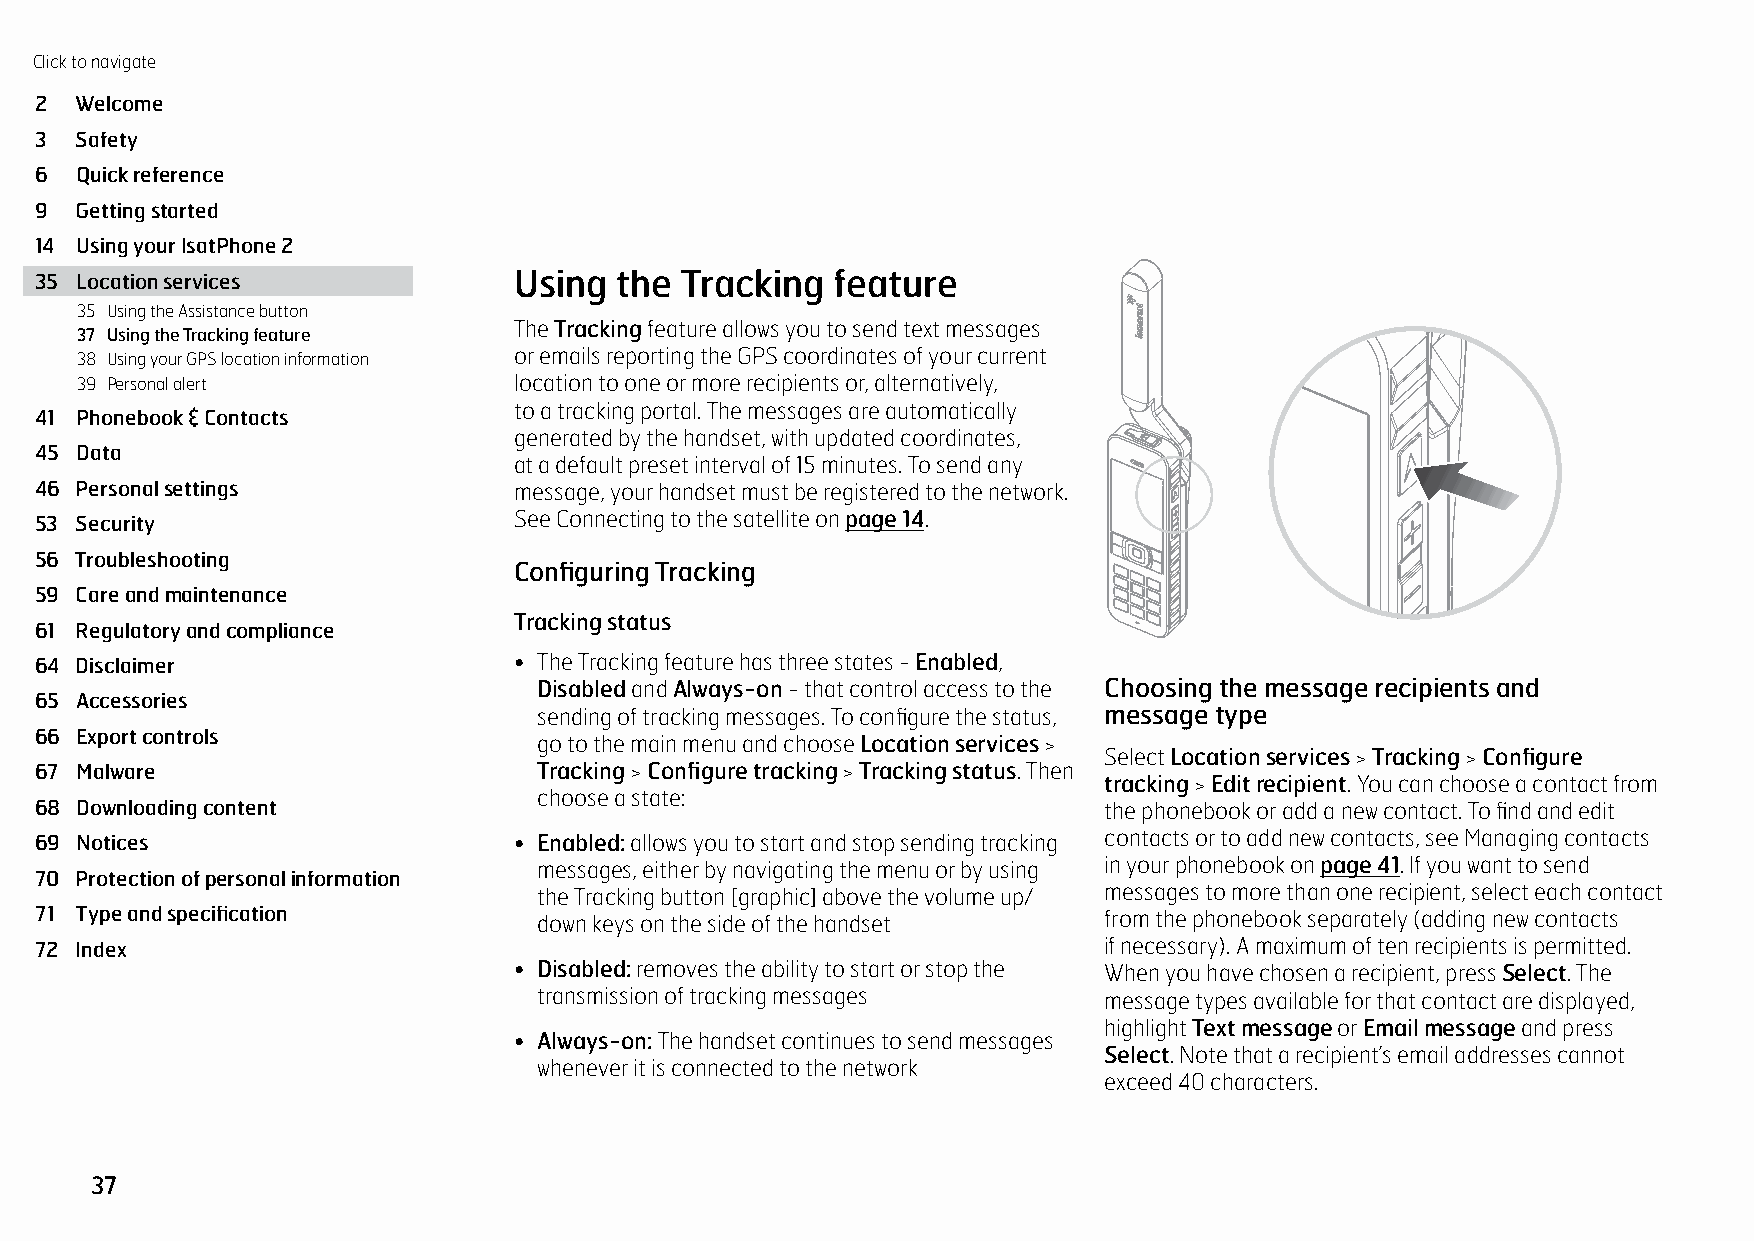
Click to navigate
 2  Welcome
 3  Safety
 6  Quick reference
 9  Getting started
 14 Using your IsatPhone 2
 35 Location services            Using  the Tracking  feature           •
 35 Using the Assistance button
 The Tracking feature allows you to send text messages
 37 Using the Tracking feature
 38 Using your GPS location information or emails reporting the GPS coordinates of your current
 39 Personal alert            location to one or more recipients or, alternatively,
 to a tracking portal. The messages are automatically
 41 Phonebook & Contacts
 generated by the handset, with updated coordinates,
 45 Data
 at a default preset interval of 15 minutes. To send any
 46 Personal settings            message, your handset must be registered to the network.
 53 Security                     See Connecting to the satellite on page 14.
 56 Troubleshooting
 Configuring Tracking
 59 Care and maintenance
 Tracking status
 61 Regulatory and compliance
 64 Disclaimer                   • The Tracking feature has three states - Enabled,
 Disabled and Always-on - that control access to the Choosing the message recipients and
 65 Accessories
 sending of tracking messages. To configure the status, message type
 66 Export controls                go to the main menu and choose Location services >
 Select Location services > Tracking > Configure
 67 Malware                        Tracking > Configure tracking > Tracking status. Then
 tracking > Edit recipient. You can choose a contact from
 choose a state:
 68 Downloading content                                                 the phonebook or add a new contact. To find and edit
 69 Notices                      • Enabled: allows you to start and stop sending tracking contacts or to add new contacts, see Managing contacts
 messages, either by navigating the menu or by using in your phonebook on page 41. If you want to send
 70 Protection of personal information
 the Tracking button [graphic] above the volume up/ messages to more than one recipient, select each contact
 71 Type and specification         down keys on the side of the handset from the phonebook separately (adding new contacts
 72 Index                                                               if necessary). A maximum of ten recipients is permitted.
 • Disabled: removes the ability to start or stop the When you have chosen a recipient, press Select. The
 transmission of tracking messages    message types available for that contact are displayed,
 highlight Text message or Email message and press
 • Always-on: The handset continues to send messages
 Select. Note that a recipient’s email addresses cannot
 whenever it is connected to the network
 exceed 40 characters.
 37